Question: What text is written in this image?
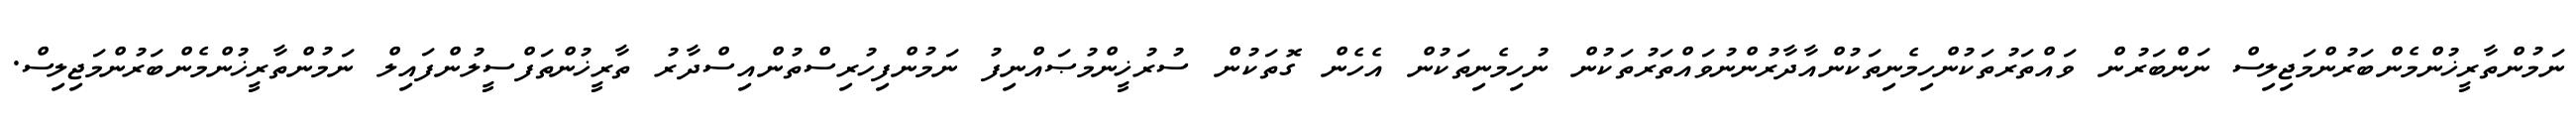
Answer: ނަމުންތާރީޚުންމެންބަރުންމަޖިލިސް ނަންބަރުން ވައްތަރުތަކުންހިމެނިތަކުންއާދާރުންނުވައްތަރުތަކުން ނުހިމެނިތަކުން އެހެން ގޮތަކުން ސުރުޚީންމުޞައްނިފު ނަމުންފިހުރިސްތުންއިސްދާރު ތާރީޚުންތަފްސީލުންފައިލް ނަމުންތާރީޚުންމެންބަރުންމަޖިލިސް.